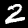
Label: 2